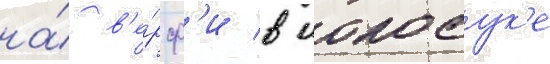
на́ в'е́рф'и в иокосук'е